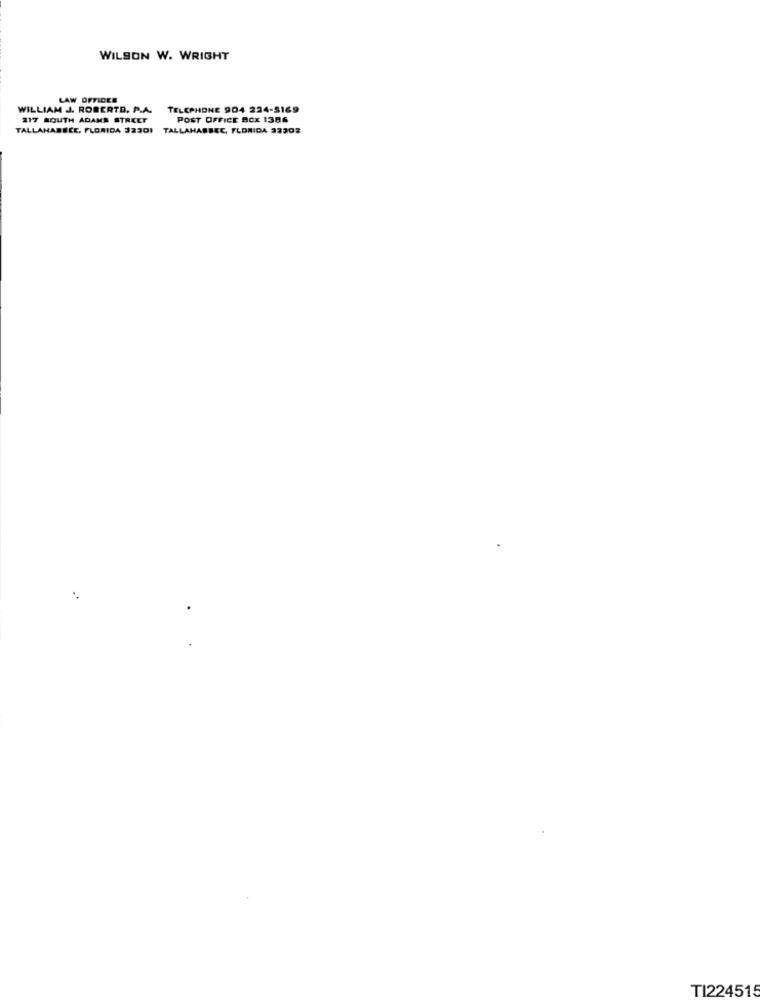
WILSON W. WRIGHT
LAW OFFICES
WILLIAM J. ROBERTD. P.A.
TELEPHONE 904 224-5169
217 SOUTH ADAMS STREET
POST OFFICE BOX 1386
TALLAHABECE, FLORIDA 32301 TALLAHASSEE, FLORIDA 23303
TI224515